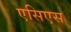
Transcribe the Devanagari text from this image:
एसिएस